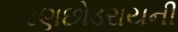
રણછોડરાયની